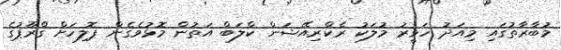
މުބާރާތުގައި މިއަދު ހަވީރު މުލަކު ރެކްރިއޭޝަން ކްލަބް އަތުން މޮޅުވެގެން ޕޮލިހަށް ގްރޫޕުގެ